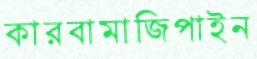
কারবামাজিপাইন